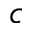
c